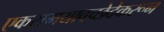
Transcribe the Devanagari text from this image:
एकसमयावच्छेदेकरून